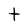
Character: t